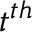
t ^ { t h }